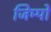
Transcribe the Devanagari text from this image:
जिम्पो